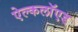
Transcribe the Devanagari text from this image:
ऐल्कलॉएड